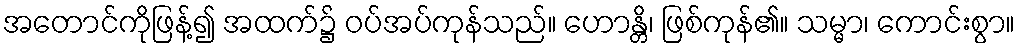
အတောင်ကိုဖြန့်၍ အထက်၌ ဝပ်အပ်ကုန်သည်။ ဟောန္တိ၊ ဖြစ်ကုန်၏။ သမ္မာ၊ ကောင်းစွာ။